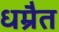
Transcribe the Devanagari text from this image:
धम्रैत